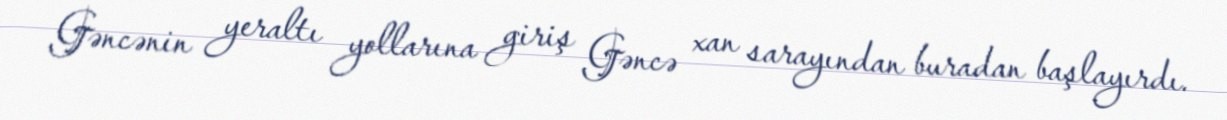
Gəncənin yeraltı yollarına giriş Gəncə xan sarayından buradan başlayırdı.